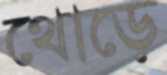
থোড়ে